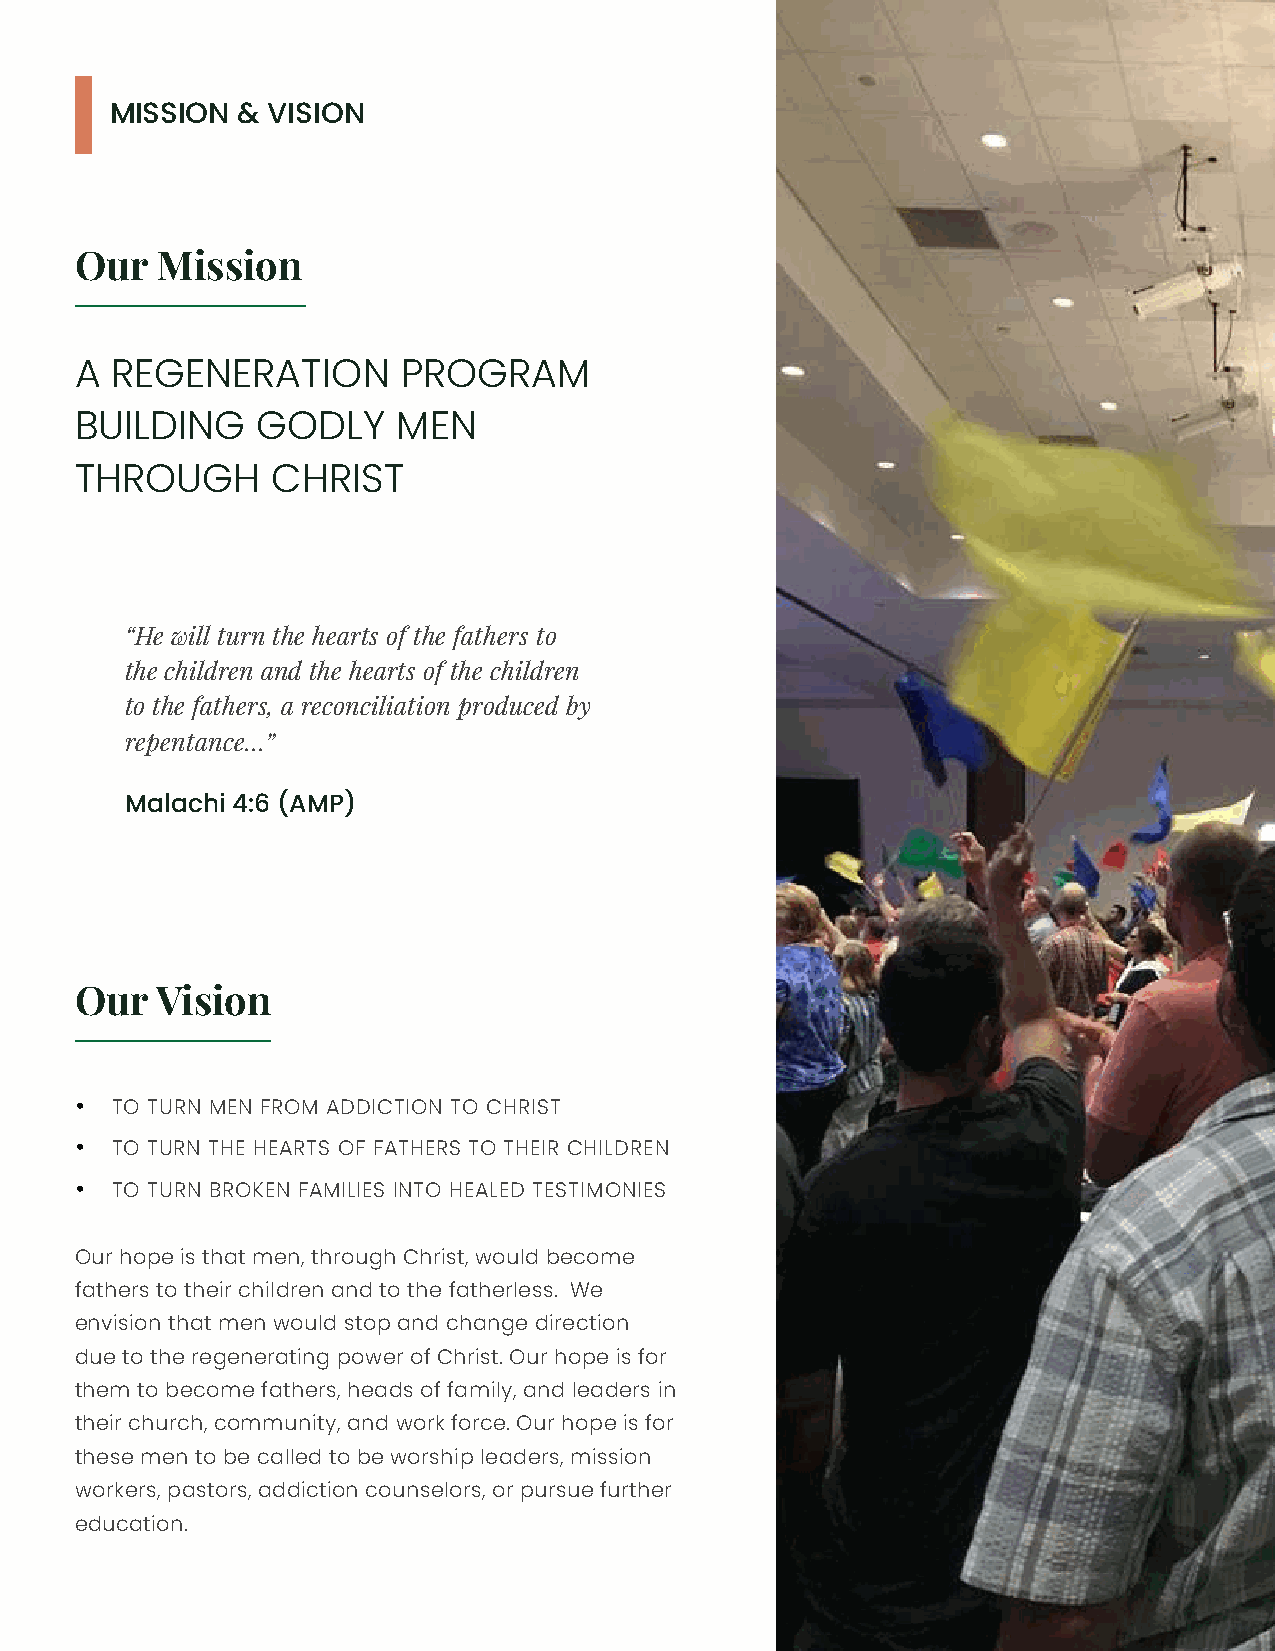
MISSION  & VISION                                                        W
 Me
 Our  Mission
 A REGENERATION        PROGRAM
 BUILDING    GODLY    MEN
 THROUGH      CHRIST
 “He will turn the hearts of the fathers to
 the children and the hearts of the children
 to the fathers, a reconciliation produced by
 repentance…”
 Malachi 4:6 (AMP)
 Our  Vision
 • TO TURN MEN FROM ADDICTION TO CHRIST
 • TO TURN THE HEARTS OF FATHERS TO THEIR CHILDREN
 • TO TURN BROKEN FAMILIES INTO HEALED TESTIMONIES
 Our hope is that men, through Christ, would become
 fathers to their children and to the fatherless. We
 envision that men would stop and change direction
 due to the regenerating power of Christ. Our hope is for
 them to become fathers, heads of family, and leaders in
 their church, community, and work force. Our hope is for
 these men to be called to be worship leaders, mission
 workers, pastors, addiction counselors, or pursue further
 education.